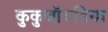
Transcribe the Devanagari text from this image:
कुकुजॉयडिया